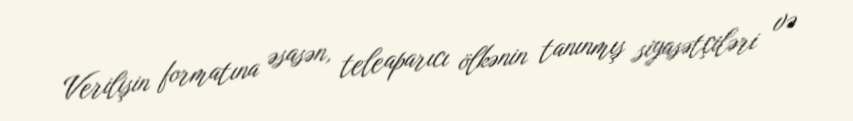
Verilişin formatına əsasən, teleaparıcı ölkənin tanınmış siyasətçiləri və